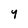
Character: y